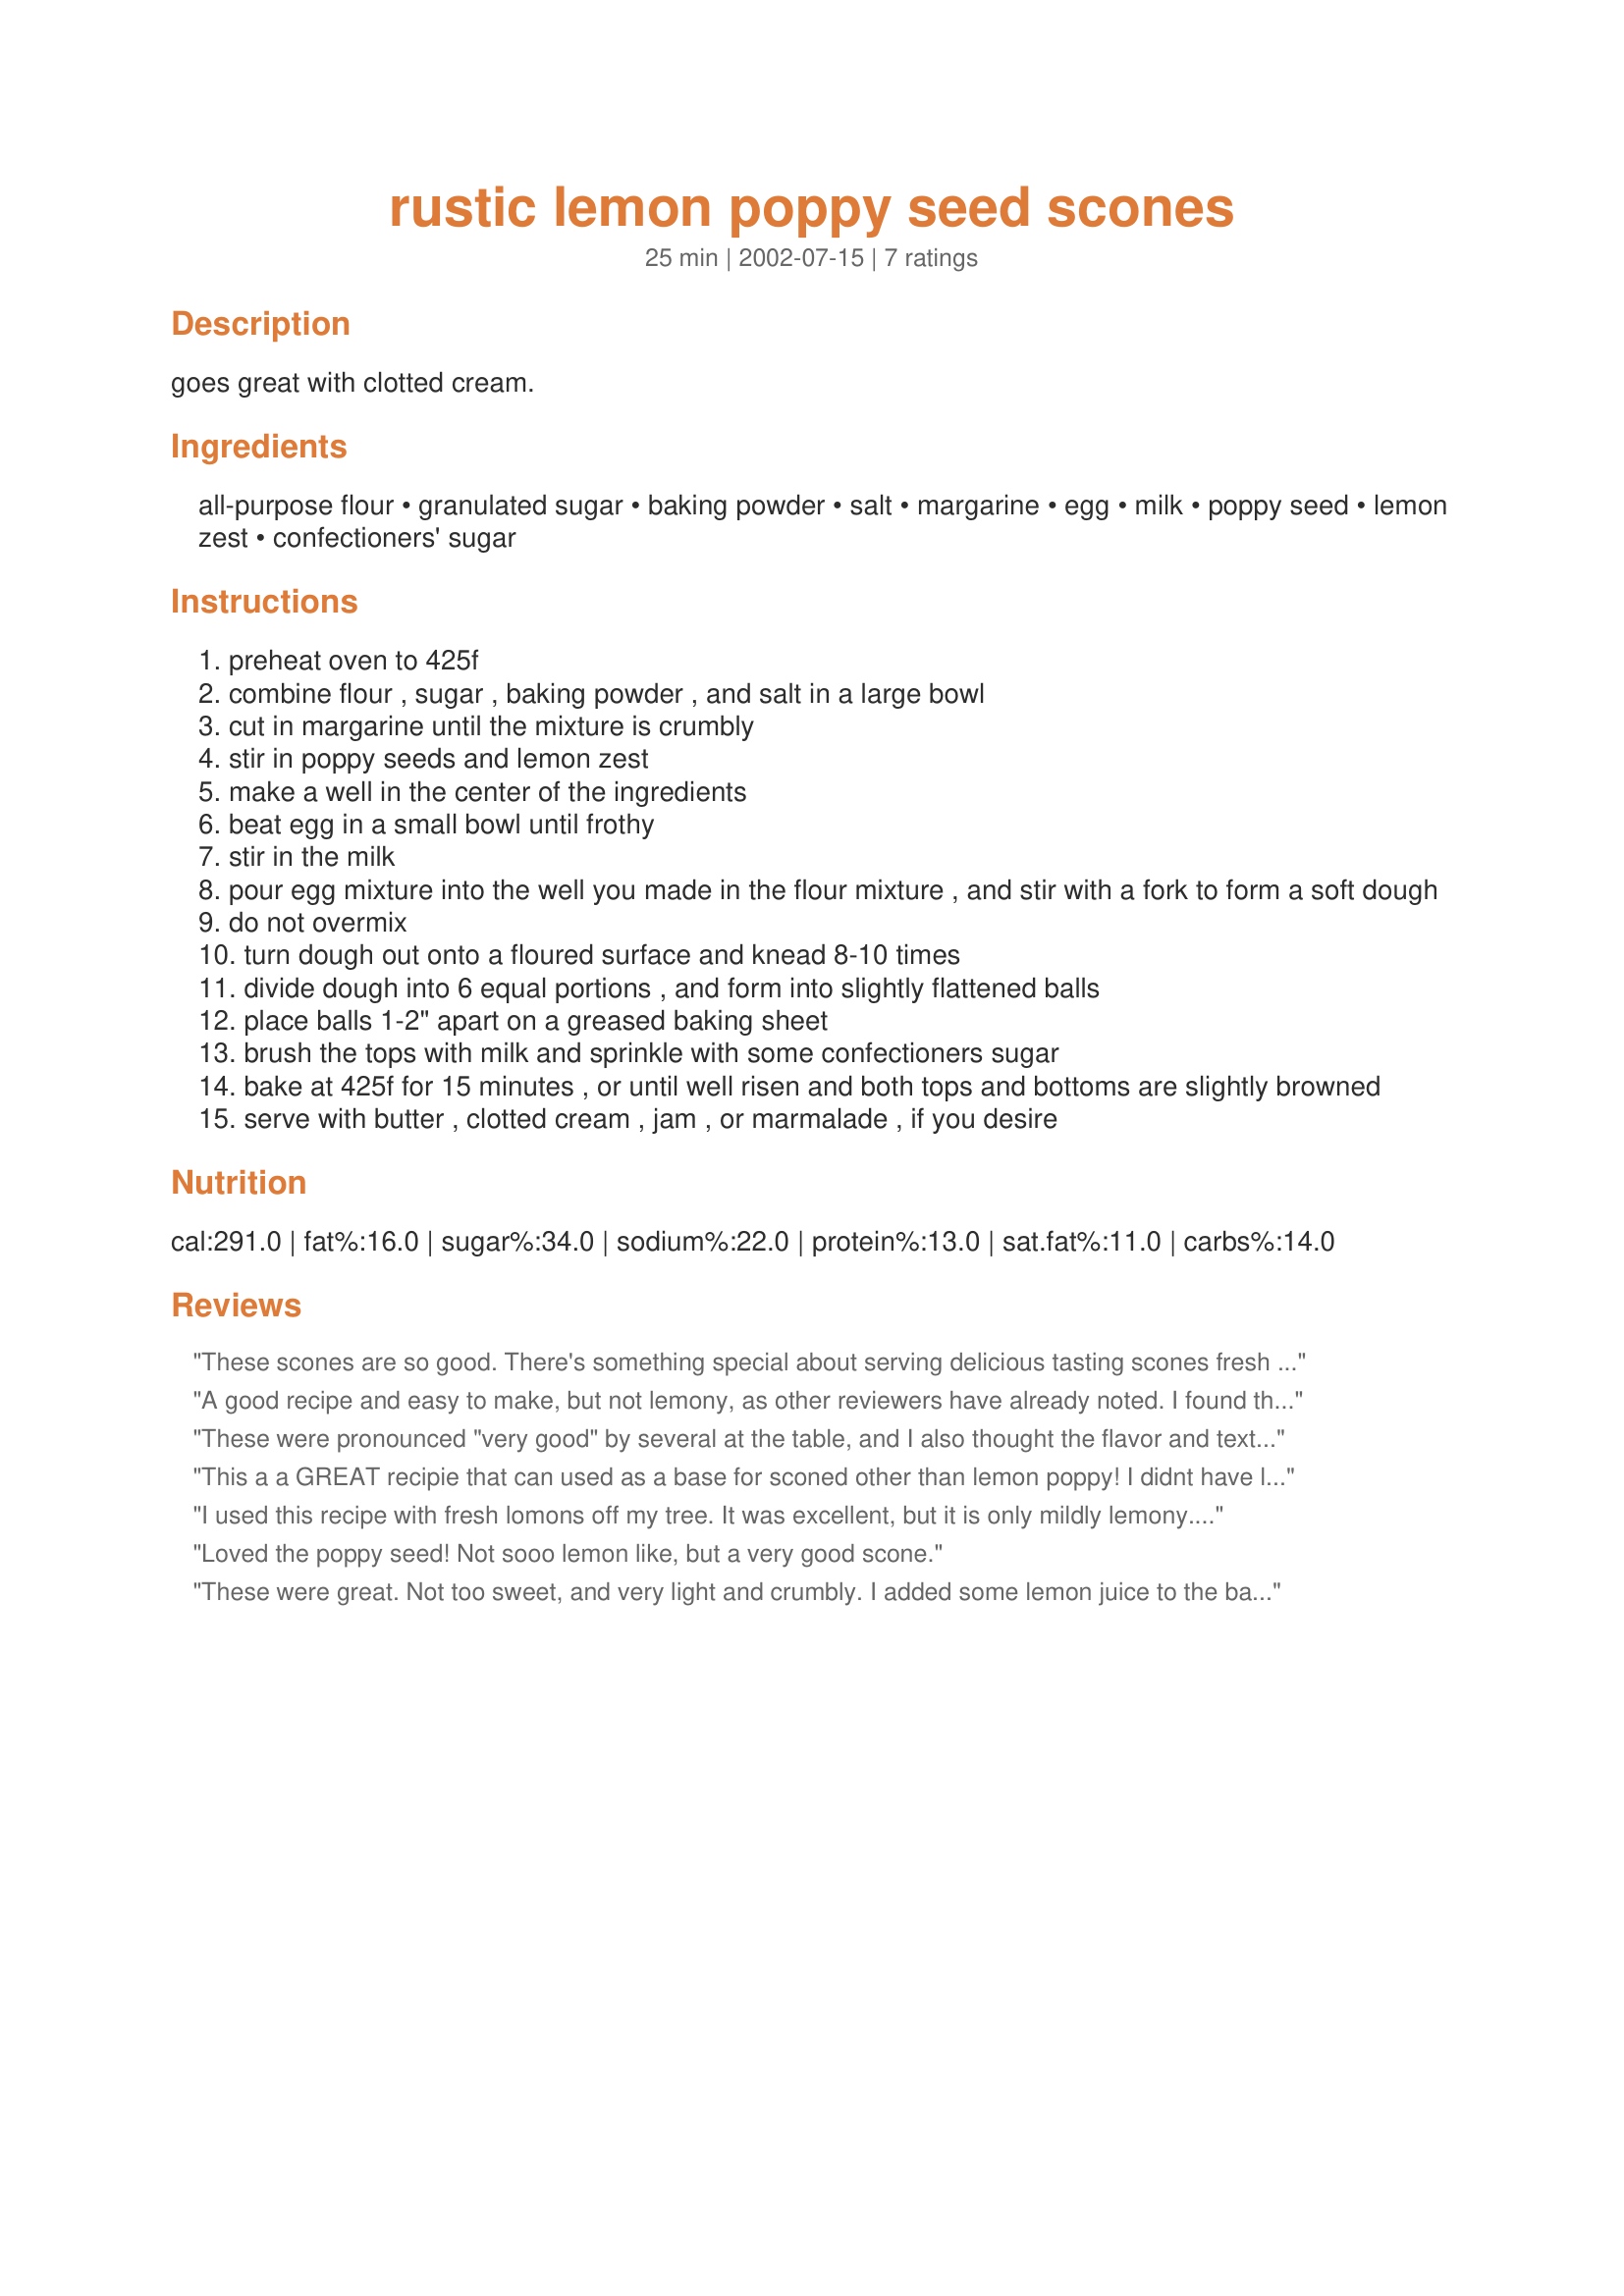
rustic lemon poppy seed scones
Preparation time: 25 minutes

goes great with clotted cream.

Ingredients:
all-purpose flour, granulated sugar, baking powder, salt, margarine, egg, milk, poppy seed, lemon zest, confectioners' sugar

Steps:
preheat oven to 425f
combine flour , sugar , baking powder , and salt in a large bowl
cut in margarine until the mixture is crumbly
stir in poppy seeds and lemon zest
make a well in the center of the ingredients
beat egg in a small bowl until frothy
stir in the milk
pour egg mixture into the well you made in the flour mixture , and stir with a fork to form a soft dough
do not overmix
turn dough out onto a floured surface and knead 8-10 times
divide dough into 6 equal portions , and form into slightly flattened balls
place balls 1-2" apart on a greased baking sheet
brush the tops with milk and sprinkle with some confectioners sugar
bake at 425f for 15 minutes , or until well risen and both tops and bottoms are slightly browned
serve with butter , clotted cream , jam , or marmalade , if you desire

Reviews:
These scones are so good. There's something special about serving delicious tasting scones fresh from the oven to complete a simple supper. Right up there with fresh bread! Made these Rustic Lemon Poppy Scones according to recipe
 ... so simple, so easy, so perfect an ending to a meal.
A good recipe and easy to make, but not lemony, as other reviewers have already noted. I found the dough to be sticky--too sticky to shape. It was like trying to shape dough that sticks to your hand like a glove. So I added additional flour by the teaspoon-fuls and that helped to reduce the stickiness of the dough. The scones were large and had a nice flavor and consistency, with a springy middle enveloped in a firmer crust. I think this recipe would benefit from the addition of a tablespoon of lemon juice. Thank you for posting.
These were pronounced "very good" by several at the table, and I also thought the flavor and texture were excellent. I like a stronger lemon flavor, however, so I plan to add some lemon extract next time. I used half whole wheat flour (had to add more flour than called for because the dough was a bit too sticky) and sucanat instead of white sugar, and I made the traditional triangular scones instead of round. The scones baked for 18 minutes before they were done: nice golden color! Thanks for a good recipe which I will certainly make again. EDIT: I made these again tonight, and adding 1 teaspoon of lemon extract pushed these up into five-star territory. I also used three-quarters whole wheat flour tonight and omitted the milk and sugar on top...and I made "drop" scones instead of fussing with triangles. :-) We enjoyed these even more than last time, and they are definitely a permanent part of my baking repertoire.
This a a GREAT recipie that can used as a base for sconed other than lemon poppy! I didnt have lemon on hand so I used orange zest and chopped dried cherries! I mixed milk and a little orange juice to brush on top. They were fabulous! Everything came our perfect and this was my first time making scones ever! I adjusted the butter to 1/3 cup b/c I felt there wasnt enough butter but that may b/c of the flour I was using. And, I used pizza cutter to make traditional triangle shaped scones. It could not have been EASIER!
I used this recipe with fresh lomons off my tree. It was excellent, but it is only mildly lemony. I think using a tiny bit of lemon extract could be the key?
I also varried it- I made cranberry walnut scones and they were to die for!
Loved the poppy seed! Not sooo lemon like, but a very good scone.
These were great. Not too sweet, and very light and crumbly. I added some lemon juice to the batter for extra lemon flavor, and instead of brushing the tops with milk, I made a glaze out of powdered sugar and lemon juice. I had to bake for slightly longer- about 20 mins- until the tops got a little brown. They were so quick to make and gave such a good result. I will certainly make these again.
